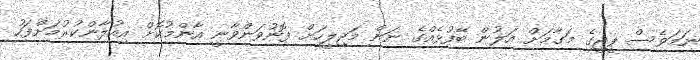
ނަމަވެސް ޕީޖީގެ މަގާމަށް އަލުން ބޭފުޅެއްގެ ނަން މަޖިލީހަށް ފޮނުވަންވާނީ އާންމުކޮށް އިއުލާންކުރުމަށްފަހު